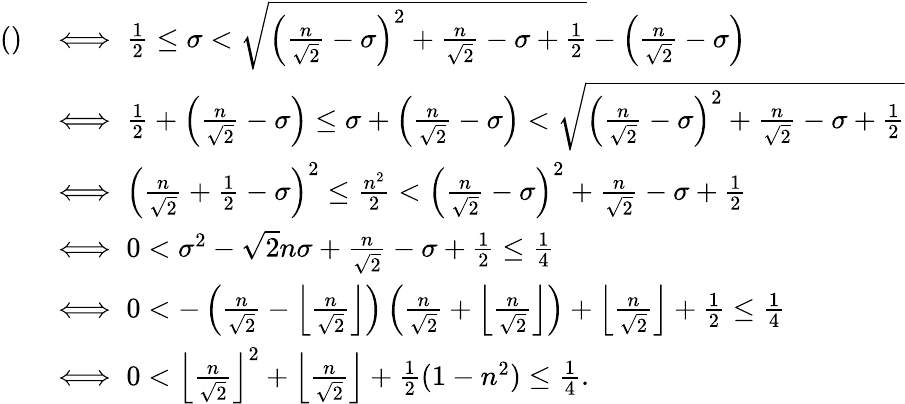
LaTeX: \begin{array}{rl}{()}&{\iff\frac{1}{2}\leq\sigma<\sqrt{\left(\frac{n}{\sqrt{2}}-\sigma\right)^{2}+\frac{n}{\sqrt{2}}-\sigma+\frac{1}{2}}-\left(\frac{n}{\sqrt{2}}-\sigma\right)}\\ &{\iff\frac{1}{2}+\left(\frac{n}{\sqrt{2}}-\sigma\right)\leq\sigma+\left(\frac{n}{\sqrt{2}}-\sigma\right)<\sqrt{\left(\frac{n}{\sqrt{2}}-\sigma\right)^{2}+\frac{n}{\sqrt{2}}-\sigma+\frac{1}{2}}}\\ &{\iff\left(\frac{n}{\sqrt{2}}+\frac{1}{2}-\sigma\right)^{2}\leq\frac{n^{2}}{2}<\left(\frac{n}{\sqrt{2}}-\sigma\right)^{2}+\frac{n}{\sqrt{2}}-\sigma+\frac{1}{2}}\\ &{\iff 0<\sigma^{2}-\sqrt{2}n\sigma+\frac{n}{\sqrt{2}}-\sigma+\frac{1}{2}\leq\frac{1}{4}}\\ &{\iff 0<-\left(\frac{n}{\sqrt{2}}-\left\lfloor\frac{n}{\sqrt{2}}\right\rfloor\right)\left(\frac{n}{\sqrt{2}}+\left\lfloor\frac{n}{\sqrt{2}}\right\rfloor\right)+\left\lfloor\frac{n}{\sqrt{2}}\right\rfloor+\frac{1}{2}\leq\frac{1}{4}}\\ &{\iff 0<\left\lfloor\frac{n}{\sqrt{2}}\right\rfloor^{2}+\left\lfloor\frac{n}{\sqrt{2}}\right\rfloor+\frac{1}{2}(1-n^{2})\leq\frac{1}{4}.}\end{array}